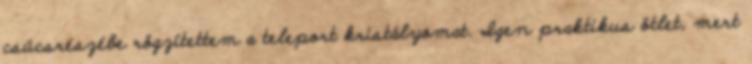
csúcsrészébe rögzítettem a teleport kristályomat. Igen praktikus ötlet, mert